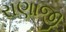
રાણાજી